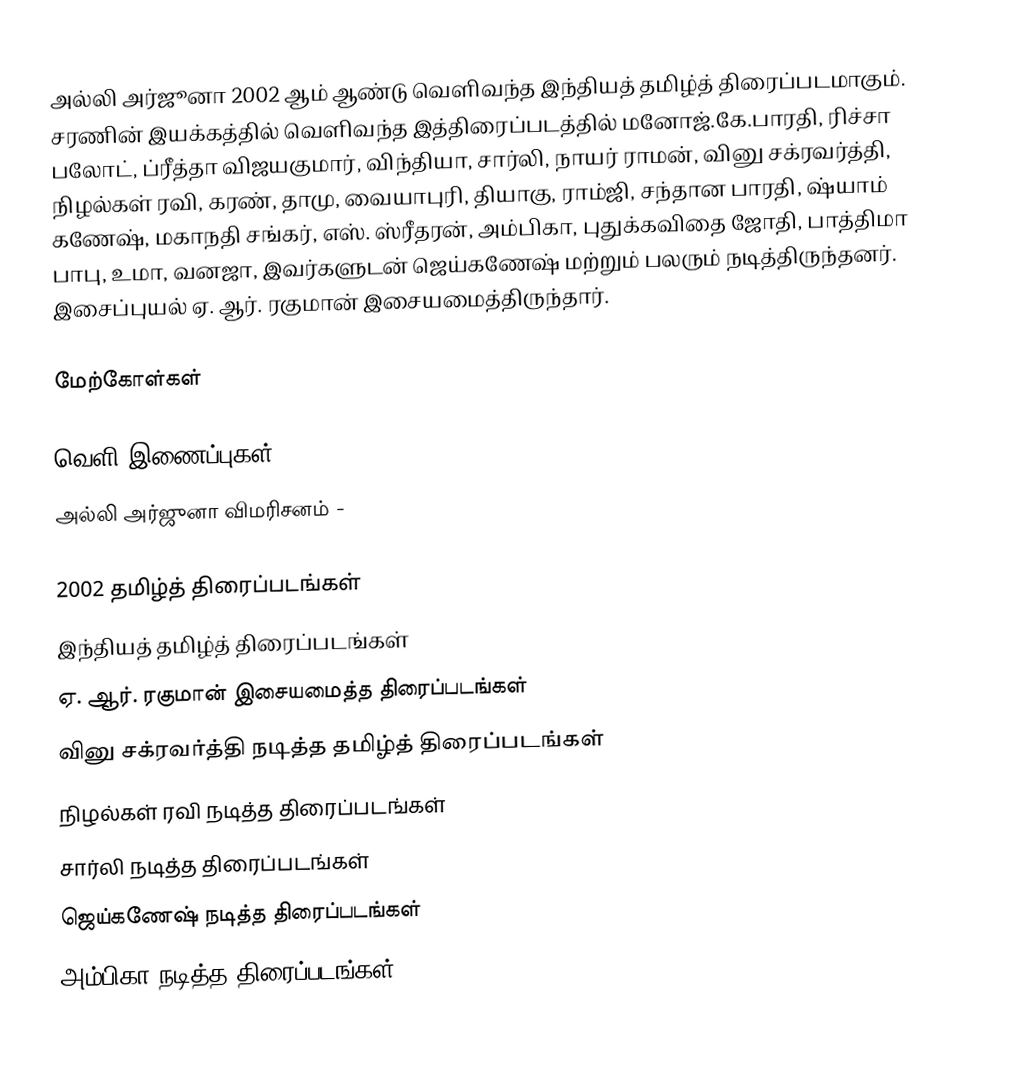
அல்லி அர்ஜூனா 2002 ஆம் ஆண்டு வெளிவந்த இந்தியத் தமிழ்த் திரைப்படமாகும். சரணின் இயக்கத்தில் வெளிவந்த இத்திரைப்படத்தில் மனோஜ்.கே.பாரதி,  ரிச்சா பலோட், ப்ரீத்தா விஜயகுமார், விந்தியா, சார்லி, நாயர் ராமன், வினு சக்ரவர்த்தி, நிழல்கள் ரவி, கரண், தாமு, வையாபுரி, தியாகு, ராம்ஜி, சந்தான பாரதி, ஷ்யாம் கணேஷ், மகாநதி சங்கர், எஸ். ஸ்ரீதரன், அம்பிகா, புதுக்கவிதை ஜோதி, பாத்திமா பாபு, உமா, வனஜா, இவர்களுடன் ஜெய்கணேஷ் மற்றும் பலரும் நடித்திருந்தனர். இசைப்புயல் ஏ. ஆர். ரகுமான் இசையமைத்திருந்தார்.

மேற்கோள்கள்

வெளி இணைப்புகள்
அல்லி அர்ஜுனா விமரிசனம்  -

2002 தமிழ்த் திரைப்படங்கள்
இந்தியத் தமிழ்த் திரைப்படங்கள்
ஏ. ஆர். ரகுமான் இசையமைத்த திரைப்படங்கள்
வினு சக்ரவர்த்தி நடித்த தமிழ்த் திரைப்படங்கள்
நிழல்கள் ரவி நடித்த திரைப்படங்கள்
சார்லி நடித்த திரைப்படங்கள்
ஜெய்கணேஷ் நடித்த திரைப்படங்கள்
அம்பிகா நடித்த திரைப்படங்கள்